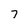
Character: 7